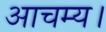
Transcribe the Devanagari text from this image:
आचम्य।